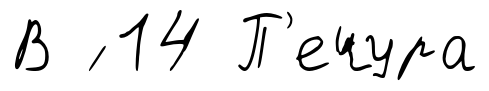
В ́ 14 П'ечура